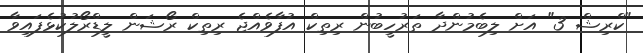
"ކްރިޝް 3" އަށް ލިބެމުންދާ ތަރުހީބުން ރިތިކް އުފާވެއްޖެ ރިތިކް ރޯޝަން ލީޑްރޯލުކުޅެފައިވާ